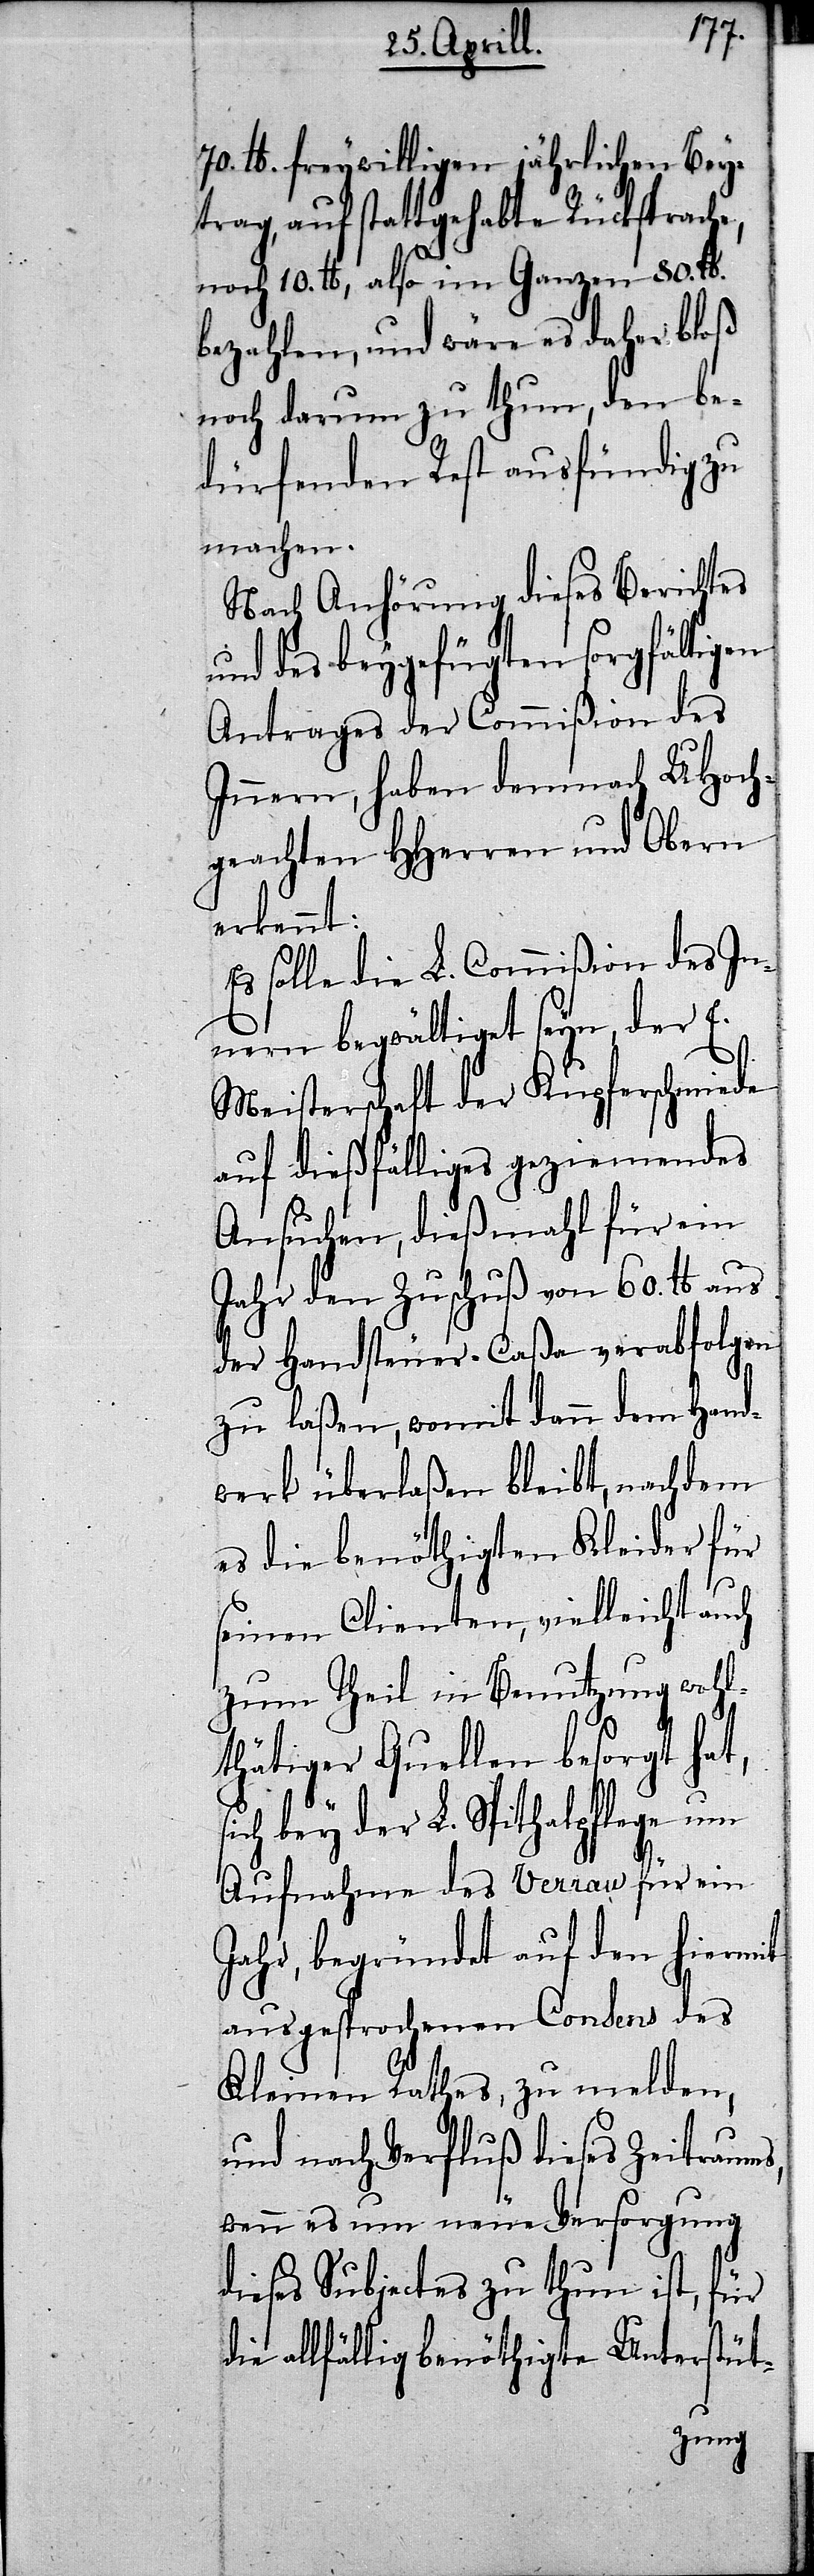
iel¬
Pfd., freywilligen jährlichen Bey¬
trag, auf stattgehabte Rücksprach¬
noch 10. Pfd., also im Ganzen 80. Pfd.
bezahlen, und wäre es daher bloß
noch darum zu thun, den be¬
dürfenden Rest ausfündig zu
machen.
Nach Anhörung dieses Berichtes
ltigen
und des beygefügten sorg¬
Antrages der Commißion des
Innern, haben demnach UHoch¬
geachten HHerren und Obern
erkennt:
Es solle die L. Commißion des In¬
nern begwältiget seyn, der E.
Meisterschaft der Kupferschmiede
auf dießfälliges geziemendes
Ansuchen, dießmahl für ein
Jahr den Zuschuß von 60. Pfd. aus
pflege
der Handsteuer-Caßa ver¬
zu laßen, womit dann
werk überlaßen bleibt, nachdem
en
es die benöthigten
Hand¬
seinen Clienten, v¬
zum Theil in Benutzung wohl¬
thätiger Quellen
ich bey der L. Spithal¬
Aufnahme des Ve¬
hiermit
Jahr, begründet auf d¬
ausgesprochenen Consens des
Kleinen Rathes, zu melden,
und nach Verfluß dieses Zeitraums,
wenn es um neue Versorgung
dieses Subjectes zu thun ist, für
allfällig benöthigte Unterstüt-